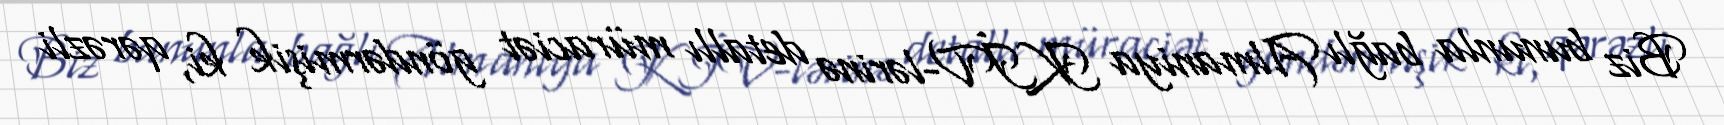
Biz bununla bağlı Almaniya KİV-lərinə detallı müraciət göndərmişik ki, qərəzli